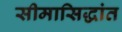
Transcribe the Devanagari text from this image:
सीमासिद्धांत